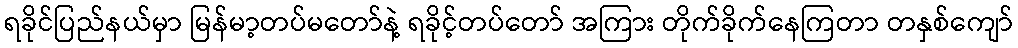
ရခိုင်ပြည်နယ်မှာ မြန်မာ့တပ်မတော်နဲ့ ရခိုင့်တပ်တော် အကြား တိုက်ခိုက်နေကြတာ တနှစ်ကျော်